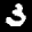
Label: 3